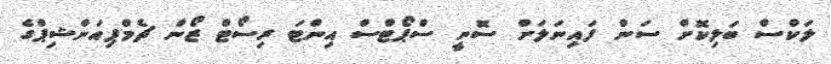
ލަކްސް ބަލިކޮށް ސަން ފައިނަލަށް ސޮނީ ސްޕޯޓްސް އިންޓަ ރިސޯޓް ޒޯން ޗެމްޕިއަންޝިޕްގެ